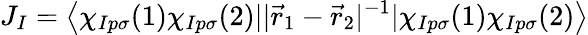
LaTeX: J_{I}=\left<\chi_{Ip\sigma}(1)\chi_{Ip\sigma}(2)||\vec{r}_{1}-\vec{r}_{2}|^{-1}|\chi_{Ip\sigma}(1)\chi_{Ip\sigma}(2)\right>